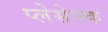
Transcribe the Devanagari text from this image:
प्लेसेत्स्क